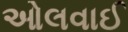
ઓલવાઈ